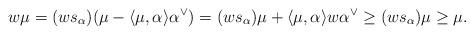
LaTeX: \begin{align*}w\mu = (ws_\alpha)(\mu-\langle\mu,\alpha\rangle \alpha^\vee) = (ws_\alpha)\mu + \langle\mu,\alpha\rangle w\alpha^\vee\geq (ws_\alpha)\mu\underset{}\geq \mu.\end{align*}